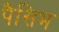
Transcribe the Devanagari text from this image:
पैसिभ